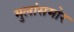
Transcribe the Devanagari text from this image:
मुलांसमोर